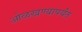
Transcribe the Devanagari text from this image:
ओळखण्यापर्यंत